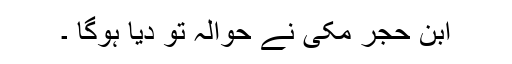
ابن حجر مکی نے حوالہ تو دیا ہوگا ۔